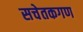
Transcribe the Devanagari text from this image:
सचेतकगण